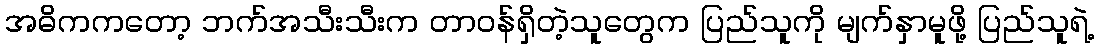
အဓိကကတော့ ဘက်အသီးသီးက တာဝန်ရှိတဲ့သူတွေက ပြည်သူကို မျက်နှာမူဖို့ ပြည်သူရဲ့